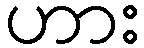
ဟား